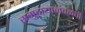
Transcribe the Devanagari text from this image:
समुदायाजवळची